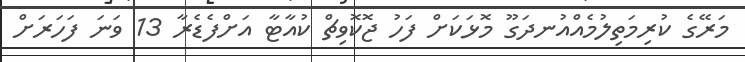
މަރޭގެ ކުރިމަތިލުމެއްއުނދަގޫ މޮޅަކަށް ފަހު ޖޮކޮވިޗް ކުއާޓާ އަށްފެޑެރާ 13 ވަނަ ފަހަރަށް